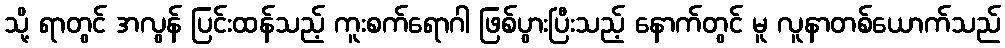
သို့ ရာတွင် အလွန် ပြင်းထန်သည့် ကူးစက်ရောဂါ ဖြစ်ပွားပြီးသည့် နောက်တွင် မူ လူနာတစ်ယောက်သည်